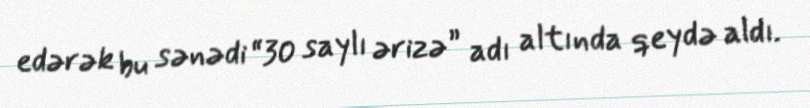
edərək bu sənədi “30 saylı ərizə” adı altında qeydə aldı.